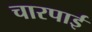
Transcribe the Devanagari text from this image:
चारपार्इ